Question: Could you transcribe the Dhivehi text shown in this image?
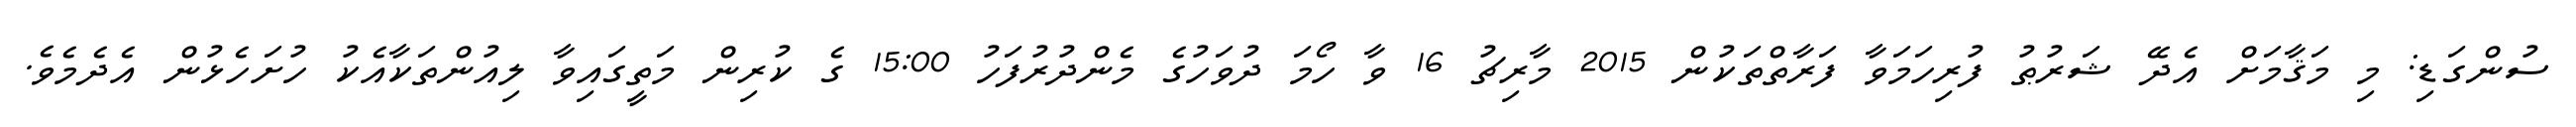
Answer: ސުންގަޑި: މި މަޤާމަށް އެދޭ ޝަރުޠު ފުރިހަމަވާ ފަރާތްތަކުން 2015 މާރިޗު 16 ވާ ހޯމަ ދުވަހުގެ މެންދުރުފަހު 15:00 ގެ ކުރިން މަތީގައިވާ ލިއުންތަކާއެކު ހުށަހެޅުން އެދެމެވެ.